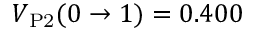
V _ { \mathrm { P 2 } } ( 0 \to 1 ) = 0 . 4 0 0